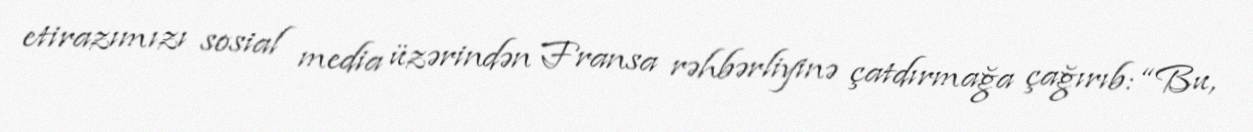
etirazımızı sosial media üzərindən Fransa rəhbərliyinə çatdırmağa çağırıb: “Bu,